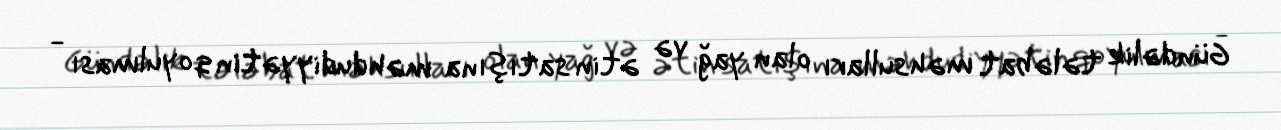
Gündəlik tələbat məhsulları olan yağ və ətin satışına məhdudiyyətin qoyulması -